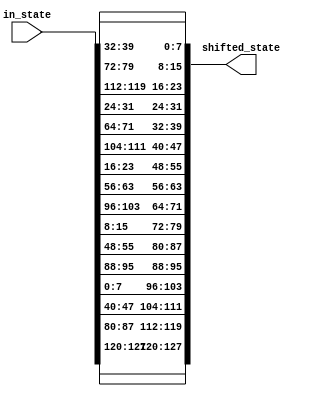
`timescale 1ns / 1ps
//////////////////////////////////////////////////////////////////////////////////
// Company: 
// Engineer: 
// 
// Design Name: 
// Module Name: shift_rows
// Project Name: 
// Target Devices: 
// Tool Versions: 
// Description: 
// 
// Dependencies: 
// 
// Revision:
// Revision 0.01 - File Created
// Additional Comments:
// 
//////////////////////////////////////////////////////////////////////////////////


module shift_rows(
    input [127:0] in_state,
    output reg [127:0] shifted_state
    );
    
    wire [7:0] s00, s01, s02, s03,
               s10, s11, s12, s13,
               s20, s21, s22, s23,
               s30, s31, s32, s33;           
    
    // First row, no change
    assign s00 = in_state[127:120]; // byte 0 MSB
    assign s01 = in_state[95:88]; // byte 4
    assign s02 = in_state[63:56]; // byte 8
    assign s03 = in_state[31:24]; // byte 12

    // second row, circular shift over one byte
    assign s10 = in_state[119:112]; // byte 1
    assign s11 = in_state[87:80]; // byte 5 
    assign s12 = in_state[55:48]; // byte 9 
    assign s13 = in_state[23:16]; // byte 13  

    // third row, circular shift two bytes
    assign s20 = in_state[111:104]; // byte 2 
    assign s21 = in_state[79:72]; // byte 6 
    assign s22 = in_state[47:40]; // byte 10 
    assign s23 = in_state[15:8]; // byte 14 

    // fourth row, circular shift three bytes
    assign s30 = in_state[103:96]; // byte 3 
    assign s31 = in_state[71:64]; // byte 7 
    assign s32 = in_state[39:32]; // byte 11 
    assign s33 = in_state[7:0]; // byte 15 LSB
    
    
    always @(*) begin

        // If you are comparing this to the FIP 197 document in Figure 8,
        // due to the indexing, imagine the figure 8 array is transposed
        //  from bottom left to top right corner
        shifted_state = {s00, s11, s22, s33,
                         s01, s12, s23, s30,
                         s02, s13, s20, s31,
                         s03, s10, s21, s32};
                         
    
    end
    
endmodule

/*
module shift_rows(
    input [127:0] in_state,
    output reg [127:0] shifted_state
    );

    // sXY, is an elemeent in the byte array of the in_state, as a 4x4. x is row, y is column
    // For isntance, s00 is Byte 0 (LSB), s01 is Byte 4, s10 is Byte 2, etc
    // Following nations as set forth in NIST AES document FIPS 197
    wire [7:0] s00, s01, s02, s03,
               s10, s11, s12, s13,
               s20, s21, s22, s23,
               s30, s31, s32, s33;

    wire [127:0] shifted_out;

    //formula: [8*i + 7 : 8*i] where i is the byte index given that the 128-bit block is divided in the 4x4 array
    // First row, no change
    assign s00 = in_state[7:0]; // byte 0 LSB
    assign s01 = in_state[39:32]; // byte 4
    assign s02 = in_state[71:64]; // byte 8
    assign s03 = in_state[103:96]; // byte 12

    // second row, circular shift over one byte
    assign s10 = in_state[15:8]; // byte 1
    assign s11 = in_state[47:40]; // byte 5 
    assign s12 = in_state[79:72]; // byte 9 
    assign s13 = in_state[112:104]; // byte 13  

    // third row, circular shift two bytes
    assign s20 = in_state[23:16]; // byte 2 
    assign s21 = in_state[55:48]; // byte 6 
    assign s22 = in_state[87:80]; // byte 10 
    assign s23 = in_state[119:112]; // byte 14 

    // fourth row, circular shift three bytes
    assign s30 = in_state[31:24]; // byte 3 
    assign s31 = in_state[63:56]; // byte 7 
    assign s32 = in_state[95:88]; // byte 11 
    assign s33 = in_state[127:120]; // byte 15 MSB

    // Reassigning the shift rows to their appropriate shift
    // However, since we are writting as big endian, the entire array is transposed so rows become columns and columns become rows
    //(e.g. s00, the LSB, in most documentation is shown in the top left of the array, but here it will be put in the bottom right for ordering)

   assign shifted_out = {s30, s21, s12, s03,
                         s33, s20, s11, s02, 
                         s32, s23, s10, s01, 
                         s31, s22, s13, s00};
                         

    always @(*) begin
        shifted_state = {s30, s21, s12, s03,
                         s33, s20, s11, s02,
                         s32, s23, s10, s01,
                         s31, s22, s13, s00};
    end

endmodule
*/